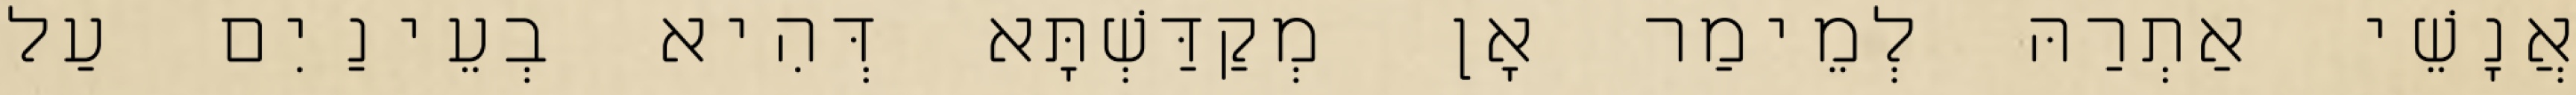
אֲנָשֵׁי אַתְרַהּ לְמֵימַר אָן מְקַדַּשְׁתָּא דְּהִיא בְעֵינַיִם עַל